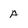
Character: A